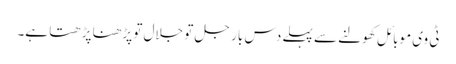
ٹی وی موبائل کھولنے سے پہلے دس بار جل تو جلال تو پڑھنا پڑھتا ہے۔